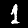
Label: 1